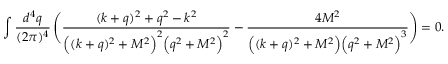
\int \frac { d ^ { 4 } q } { ( 2 \pi ) ^ { 4 } } \, \Bigg ( \frac { ( k + q ) ^ { 2 } + q ^ { 2 } - k ^ { 2 } } { \Big ( ( k + q ) ^ { 2 } + M ^ { 2 } \Big ) ^ { 2 } \Big ( q ^ { 2 } + M ^ { 2 } \Big ) ^ { 2 } } - \frac { 4 M ^ { 2 } } { \Big ( ( k + q ) ^ { 2 } + M ^ { 2 } \Big ) \Big ( q ^ { 2 } + M ^ { 2 } \Big ) ^ { 3 } } \Bigg ) = 0 .